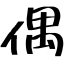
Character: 偶